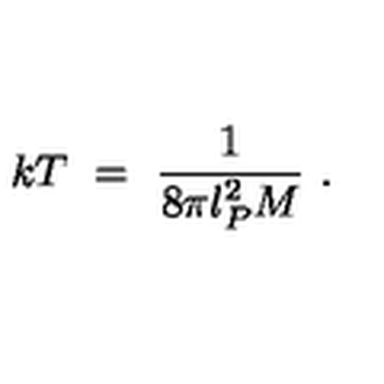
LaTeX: k T \ = \ \frac { 1 } { 8 \pi l _ { P } ^ { 2 } M } \ .